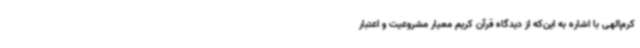
کرم‌الهی با اشاره به این‌که از دیدگاه قرآن کریم معیار مشروعیت و اعتبار